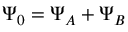
\Psi _ { 0 } = \Psi _ { A } + \Psi _ { B }